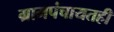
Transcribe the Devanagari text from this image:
ग्रामपंचायतही